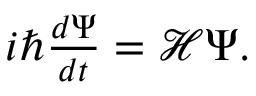
\begin{array} { r } { i \hbar \frac { d \Psi } { d t } = { \mathcal H } \Psi . } \end{array}